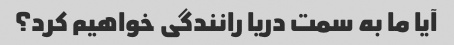
آیا ما به سمت دریا رانندگی خواهیم کرد؟